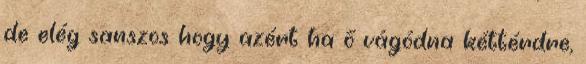
de elég sanszos hogy azért ha ő vágódna kéttérdre,